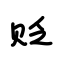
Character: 贬